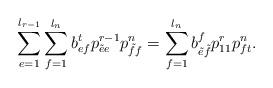
LaTeX: \begin{align*}\displaystyle\sum\limits_{e=1}^{l_{r-1}}\sum\limits_{f=1}^{l_n}b^{t}_{ef}p^{r-1}_{\tilde{e}e}p^{n}_{\tilde{f}f}=\sum\limits_{f=1}^{l_n}b^{f}_{\tilde{e}\tilde{f}}p^{r}_{11}p^{n}_{ft}.\end{align*}